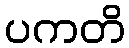
ပကတိ